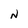
Character: N